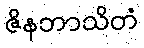
ဇိနဘာသိတံ